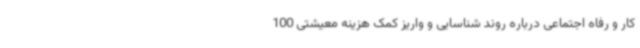
کار و رفاه اجتماعی درباره روند شناسایی و واریز کمک هزینه معیشتی 100